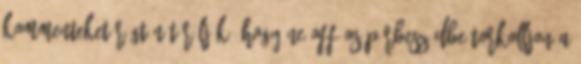
kommenteket rögtön töröljük, hogy ne OFF-os párbeszédbe torkolljon a